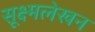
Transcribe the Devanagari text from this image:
सूक्ष्मलेखन